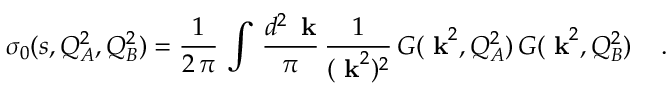
\sigma _ { 0 } ( s , Q _ { A } ^ { 2 } , Q _ { B } ^ { 2 } ) = { \frac { 1 } { 2 \, \pi } } \, \int \, { \frac { d ^ { 2 } \, { \mathrm { \bf ~ k } } } { \pi } } \, { \frac { 1 } { ( { { \mathrm { \bf ~ k } } } ^ { 2 } ) ^ { 2 } } } \, G ( { \mathrm { \bf ~ k } } ^ { 2 } , Q _ { A } ^ { 2 } ) \, G ( { \mathrm { \bf ~ k } } ^ { 2 } , Q _ { B } ^ { 2 } ) \; \; \; \; .